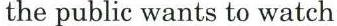
the public wants to watch